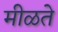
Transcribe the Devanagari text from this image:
मीळते